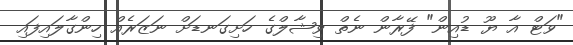
"ވަޓް އާ ޔޫ ޑުއިން" ފޭރާން ނެތް ވިޝާލްގެ ހަށިގަނޑަށް ނަޒަރެއް ހިންގާލައިފައި